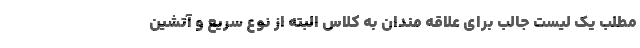
مطلب یک لیست جالب برای علاقه مندان به کلاس البته از نوع سریع و آتشین